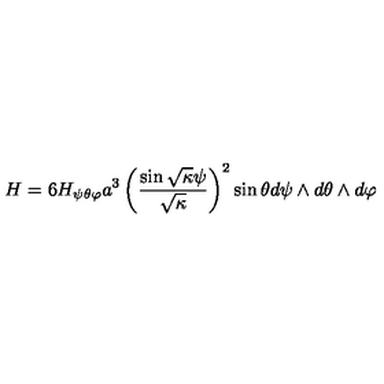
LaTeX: H = 6 H _ { \psi \theta \varphi } a ^ { 3 } \left( \frac { \sin \sqrt { \kappa } \psi } { \sqrt { \kappa } } \right) ^ { 2 } \sin \theta d \psi \wedge d \theta \wedge d \varphi